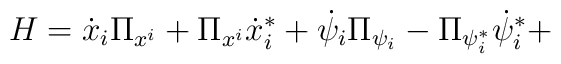
H=\dot{x}_{i}\Pi _{x^{i}}+\Pi _{x^{i}}\dot{x}_{i}^{*}+\dot{\psi }_{i}\Pi_{\psi _{i}}-\Pi _{\psi _{i}^{*}}\dot{\psi }^{*}_{i}+